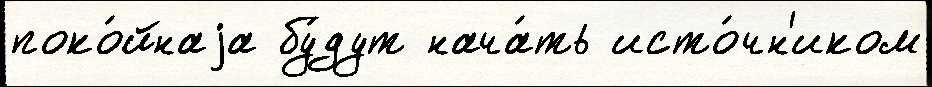
поко́йнаjа бу́дут нача́ть исто́чн'иком